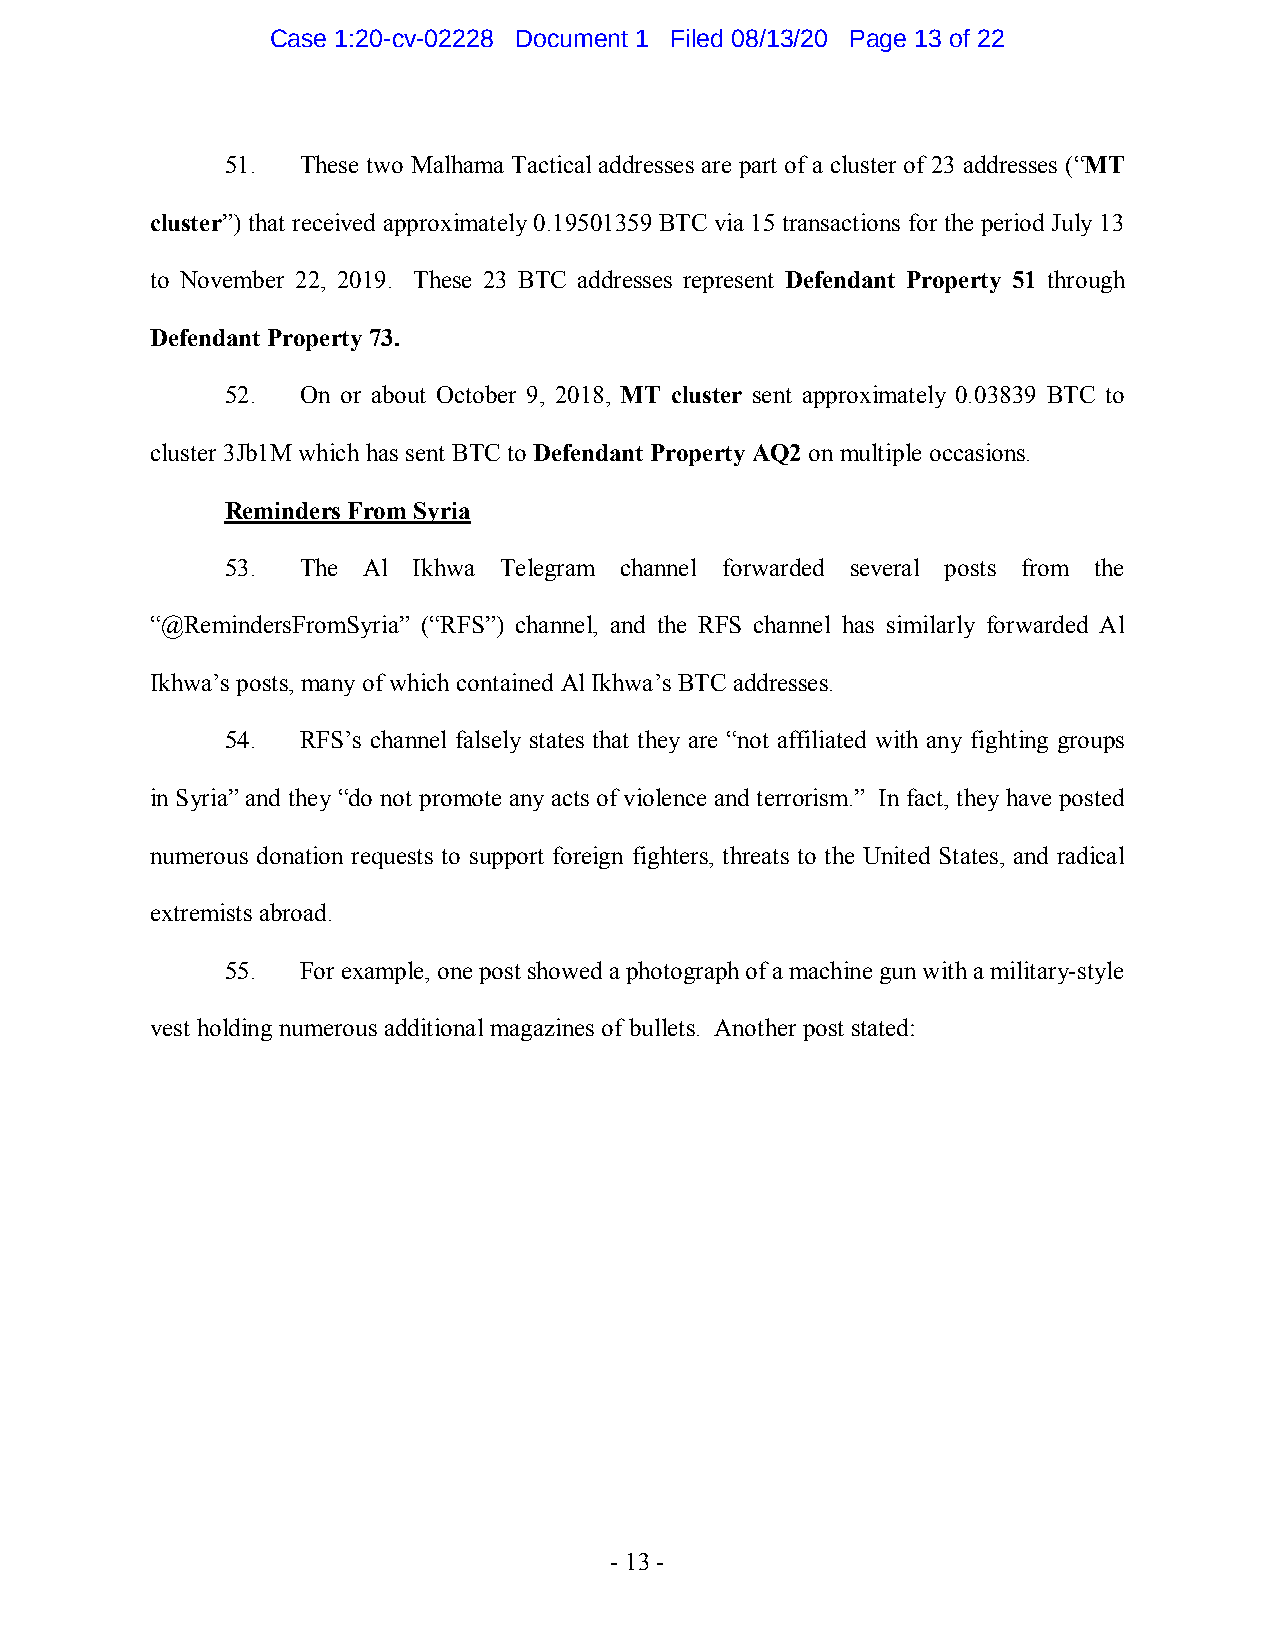
Case 1:20-cv-02228 Document 1 Filed 08/13/20 Page 13 of 22
 51.  These two Malhama Tactical addresses are part of a cluster of 23 addresses (“MT
 cluster”) that received approximately 0.19501359 BTC via 15 transactions for the period July 13
 to November 22, 2019. These 23 BTC addresses represent Defendant Property 51 through
 Defendant Property 73.
 52.  On or about October 9, 2018, MT cluster sent approximately 0.03839 BTC to
 cluster 3Jb1M which has sent BTC to Defendant Property AQ2 on multiple occasions.
 Reminders From Syria
 53.  The Al Ikhwa Telegram channel forwarded several posts from the
 “@RemindersFromSyria” (“RFS”) channel, and the RFS channel has similarly forwarded Al
 Ikhwa’s posts, many of which contained Al Ikhwa’s BTC addresses.
 54.  RFS’s channel falsely states that they are “not affiliated with any fighting groups
 in Syria” and they “do not promote any acts of violence and terrorism.” In fact, they have posted
 numerous donation requests to support foreign fighters, threats to the United States, and radical
 extremists abroad.
 55.  For example, one post showed a photograph of a machine gun with a military-style
 vest holding numerous additional magazines of bullets. Another post stated:
 - 13 -